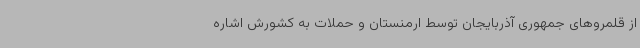
از قلمروهای جمهوری آذربایجان توسط ارمنستان و حملات به کشورش اشاره